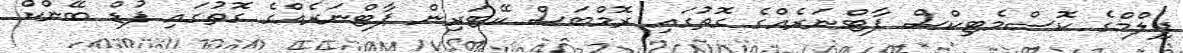
ފިލްމްގެ ކޮސްމެޓިކްސް ޕާޓްނަރެއްގެ ގޮތުގައި ރޮމްބަސް ކޭޓަރިން ޕާޓްނަރެއްގެ ގޮތުގައި ފުޑް ބޭންކް